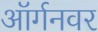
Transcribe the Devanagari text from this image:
ऑर्गनवर